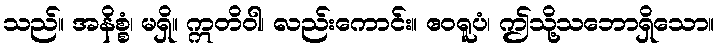
သည်။ အနိစ္စံ၊ မရှိ။ ဣတိဝါ၊ လည်းကောင်း။ ဧဝရူပံ၊ ဤသို့သဘောရှိသော။